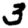
Digit: 3